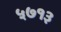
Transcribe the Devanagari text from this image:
५७१३